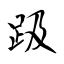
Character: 趿